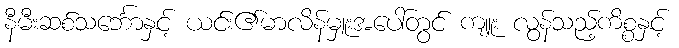
နီမီးဆစ်သင်္ဘောနှင့် ယင်း၏မာလိန်မှူးအပေါ်တွင် ကျူး လွန်သည့်ကိစ္စနှင့်